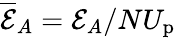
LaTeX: \overline{{\mathcal{E}}}_{A}=\mathcal{E}_{A}/NU_{\mathrm{p}}